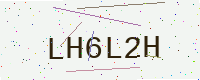
Text: LH6L2H